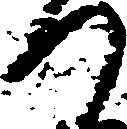
つ